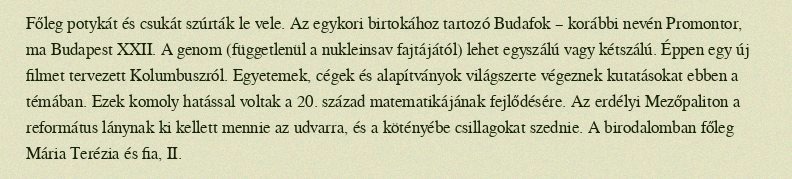
Főleg potykát és csukát szúrták le vele. Az egykori birtokához tartozó Budafok – korábbi nevén Promontor, ma Budapest XXII. A genom (függetlenül a nukleinsav fajtájától) lehet egyszálú vagy kétszálú. Éppen egy új filmet tervezett Kolumbuszról. Egyetemek, cégek és alapítványok világszerte végeznek kutatásokat ebben a témában. Ezek komoly hatással voltak a 20. század matematikájának fejlődésére. Az erdélyi Mezőpaliton a református lánynak ki kellett mennie az udvarra, és a kötényébe csillagokat szednie. A birodalomban főleg Mária Terézia és fia, II.